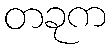
တခုက